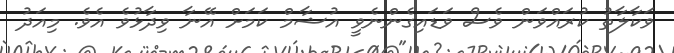
ވަކާލާތު ކުރައްވަން ވެސް ވަޑައިގެންނެވީ އުޝާމް ކަމަށް އޭނާ ވިދާޅުވެ އެވެ. މިއަދު